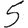
Digit: 5